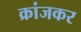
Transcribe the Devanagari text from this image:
क्रांजकर